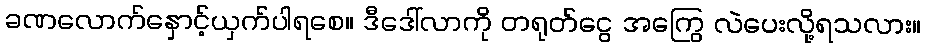
ခဏလောက်နှောင့်ယှက်ပါရစေ။ ဒီဒေါ်လာကို တရုတ်ငွေ အကြွေ လဲပေးလို့ရသလား။